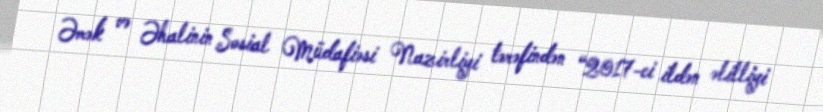
Əmək və Əhalinin Sosial Müdafiəsi Nazirliyi tərəfindən “2017-ci ildən əlilliyi